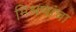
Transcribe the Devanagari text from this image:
मिश्रणांचा